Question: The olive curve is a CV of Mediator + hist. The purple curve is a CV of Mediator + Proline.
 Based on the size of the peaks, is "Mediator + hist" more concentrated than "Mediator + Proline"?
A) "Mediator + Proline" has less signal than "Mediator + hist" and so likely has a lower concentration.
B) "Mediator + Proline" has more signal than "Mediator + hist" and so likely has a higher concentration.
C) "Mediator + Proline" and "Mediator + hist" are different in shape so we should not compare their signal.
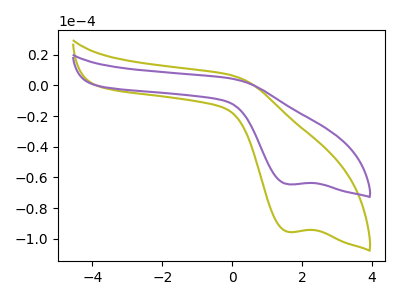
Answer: <think>The olive curve "Mediator + hist" has a cathodic peak at: (1.60V, -95.60uA). The purple curve "Mediator + Proline" has a cathodic peak at: (1.60V, -64.55uA).
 All the peaks in "Mediator + Proline" have a peak in "Mediator + hist" at the same potential. Every peak in "Mediator + Proline" is lower than every peak in "Mediator + hist".</think>
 <answer>A) "Mediator + Proline" has less signal than "Mediator + hist" and so likely has a lower concentration.</answer>
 <eval>A</eval>